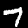
Digit: 7